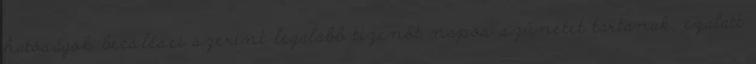
hatóságok becslései szerint legalább tizenöt napos szünetet tartanak, ezalatt